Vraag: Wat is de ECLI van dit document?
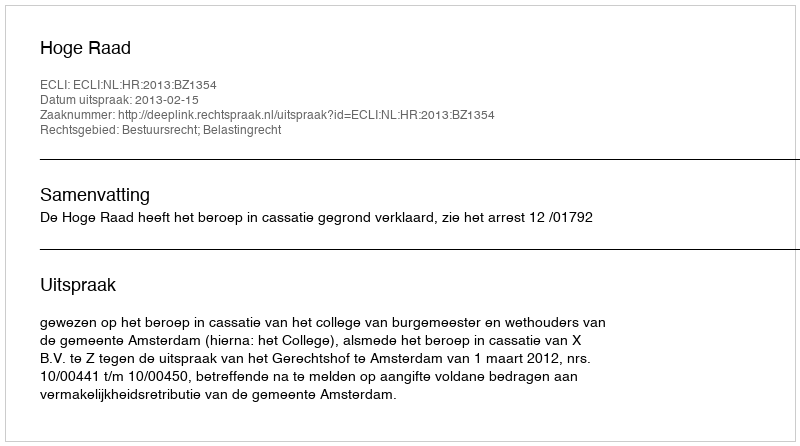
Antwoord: ECLI:NL:HR:2013:BZ1354